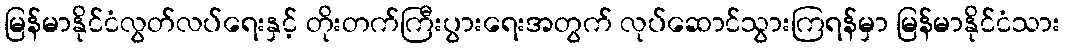
မြန်မာနိုင်ငံလွတ်လပ်ရေးနှင့် တိုးတက်ကြီးပွားရေးအတွက် လုပ်ဆောင်သွားကြရန်မှာ မြန်မာနိုင်ငံသား